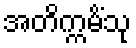
အတိက္ကမိံသု